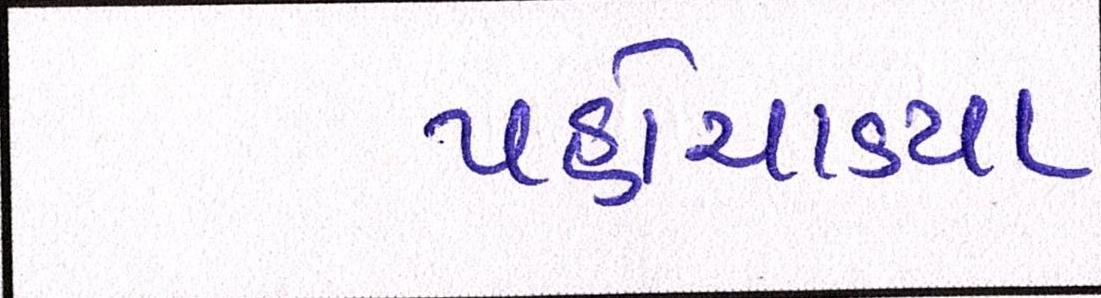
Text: પહોંચાડ્યા